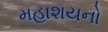
મહાશયનો